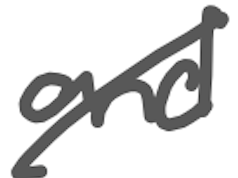
Text: and
Cross-out: diagonal
Writing tool: digital_gray